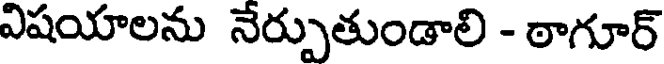
విషయాలను నేర్పుతుండాలి - ఠాగూర్